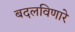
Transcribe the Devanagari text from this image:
बदलविणारे